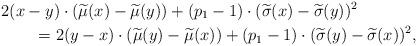
LaTeX: \begin{align*}&2(x-y)\cdot(\widetilde\mu(x)-\widetilde\mu(y))+(p_1-1)\cdot (\widetilde\sigma(x)-\widetilde\sigma(y))^2\\&\qquad=2(y-x)\cdot(\widetilde\mu(y)-\widetilde\mu(x))+(p_1-1)\cdot (\widetilde\sigma(y)-\widetilde\sigma(x))^2,\end{align*}